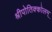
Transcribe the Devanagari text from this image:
श्रीपोतिक्कोलम्